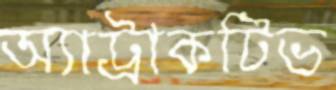
অ্যাট্রাকটিভ